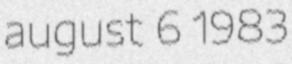
august 6 1983